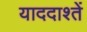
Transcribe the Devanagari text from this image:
याददाश्तें